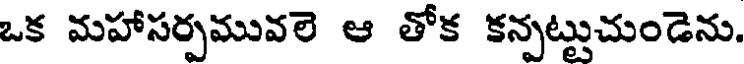
ఒక మహాసర్పమువలె ఆ తోక కన్పట్టుచుండెను.